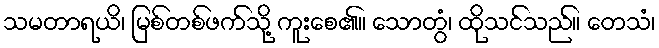
သမတာရယိ၊ မြစ်တစ်ဖက်သို့ ကူးစေ၏။ သောတွံ၊ ထိုသင်သည်။ တေသံ၊